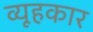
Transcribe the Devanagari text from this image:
व्यूहकार